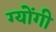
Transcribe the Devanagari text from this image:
ग्योंगी